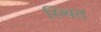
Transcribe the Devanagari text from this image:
स्थित